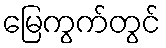
မြေကွက်တွင်